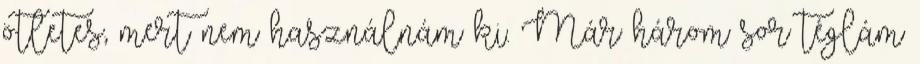
ötletes, mert nem használnám ki. Már három sor téglám